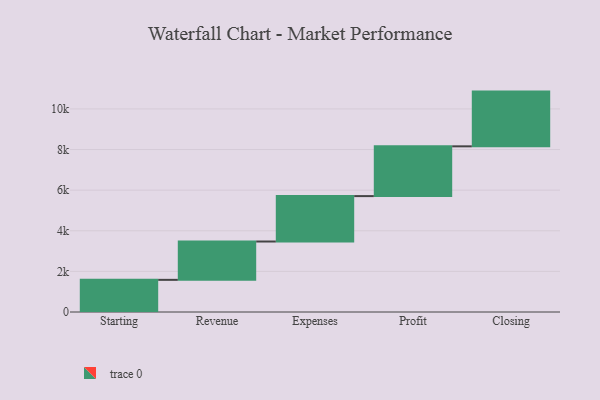
{"axis": {"x": "Step", "y": "Value"}, "legend": [""], "data": [{"x": "Starting", "y": 1583.0, "type": ""}, {"x": "Revenue", "y": 1888.0, "type": ""}, {"x": "Expenses", "y": 2236.0, "type": ""}, {"x": "Profit", "y": 2451.0, "type": ""}, {"x": "Closing", "y": 2695.0, "type": ""}]}